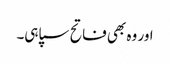
اور وہ بھی فاتح سپاہی۔